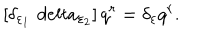
\left[ \delta _ { \varepsilon _ { 1 } } \, \, d e l t a _ { \varepsilon _ { 2 } } \right] q ^ { r } = \delta _ { \varepsilon } q ^ { r } .